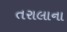
તરાલાના